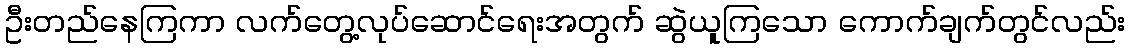
ဦးတည်နေကြကာ လက်တွေ့လုပ်ဆောင်ရေးအတွက် ဆွဲယူကြသော ကောက်ချက်တွင်လည်း